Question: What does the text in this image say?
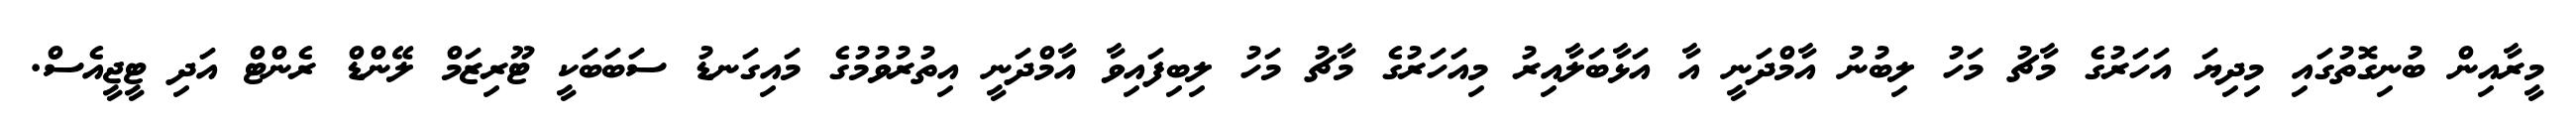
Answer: މީރާއިން ބުނިގޮތުގައި މިދިޔަ އަހަރުގެ މާޗު މަހު ލިބުނު އާމްދަނީ އާ އަޅާބަލާއިރު މިއަހަރުގެ މާޗު މަހު ލިބިފައިވާ އާމްދަނީ އިތުރުވުމުގެ މައިގަނޑު ސަބަބަކީ ޓޫރިޒަމް ލޭންޑް ރެންޓް އަދި ޓީޖީއެސް.